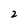
Character: 2